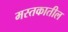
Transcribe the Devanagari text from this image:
मस्तकातील